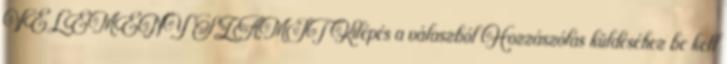
VÉLEMÉNY SZÁMÍT Kilépés a válaszból Hozzászólás küldéséhez be kell